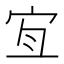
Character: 𡧧